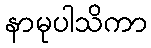
နာမုပါသိကာ